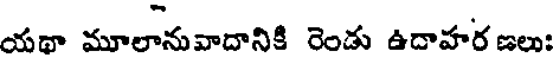
యథా మూలానువాదానికి రెండు ఉదాహర ణలు: